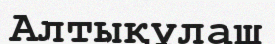
Алтықұлаш